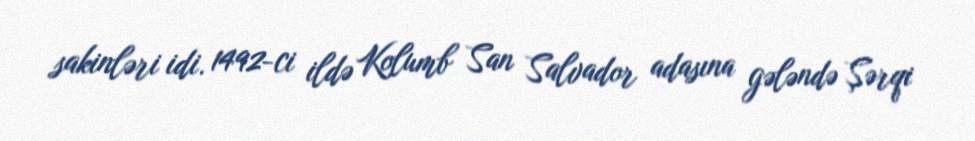
sakinləri idi. 1492-ci ildə Kolumb San Salvador adasına gələndə Şərqi